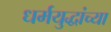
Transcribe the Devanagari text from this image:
धर्मयुद्धांच्या